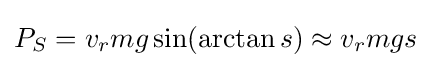
P_{S}=v_{r}mg\sin(\arctan s)\approx v_{r}mgs